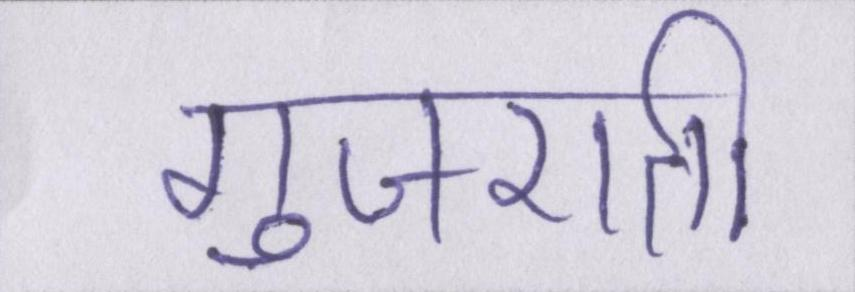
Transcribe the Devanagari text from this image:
गुजराती